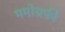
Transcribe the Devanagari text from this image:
ममोग्रफी